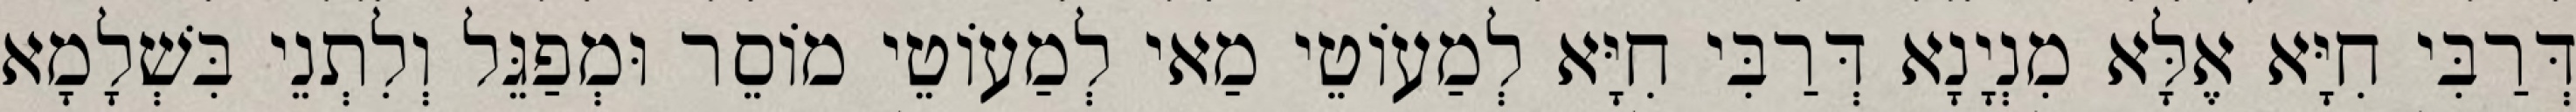
דְּרַבִּי חִיָּא אֶלָּא מִנְיָנָא דְּרַבִּי חִיָּא לְמַעוֹטֵי מַאי לְמַעוֹטֵי מוֹסֵר וּמְפַגֵּל וְלִתְנֵי בִּשְׁלָמָא